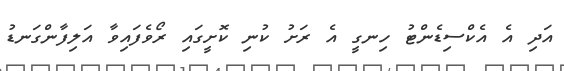
އަދި އެ އެކްސިޑެންޓު ހިނގީ އެ ރަށު ކުނި ކޮށީގައި ރޯވެފައިވާ އަލިފާންގަނޑު